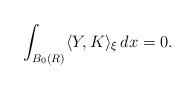
LaTeX: \begin{align*}\int_{B_0(R)}\langle Y,K\rangle_\xi\,dx=0.\end{align*}